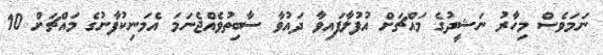
ނަމަވެސް މިހާރު ނަޝީދުގެ މައްޗަށް އުފުލާފައިވާ ދައުވާ ސާބިތުވެއްޖެނަމަ އެމަނިކުފާނުގެ މައްޗަށް 10